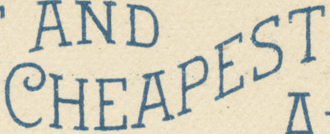
CHEAPEST